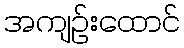
အကျဉ်းထောင်